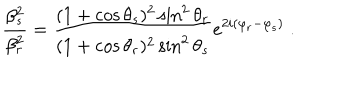
\frac { \beta _ { s } ^ { 2 } } { \beta _ { r } ^ { 2 } } = \frac { ( 1 + \cos \theta _ { s } ) ^ { 2 } \sin ^ { 2 } \theta _ { r } } { ( 1 + \cos \theta _ { r } ) ^ { 2 } \sin ^ { 2 } \theta _ { s } } e ^ { 2 i ( \varphi _ { r } - \varphi _ { s } ) } \; .